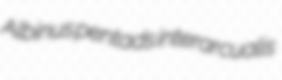
Albinus pentads interarcualis